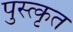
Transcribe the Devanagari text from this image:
पुस्त्कृत